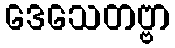
ဒေသေတဗ္ဗာ